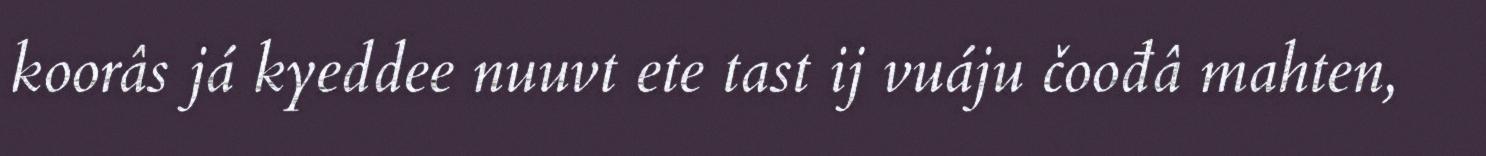
koorâs já kyeddee nuuvt ete tast ij vuáju čoođâ mahten,